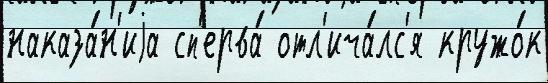
наказа́н'иjа сп'ерва́ отл'ича́лс'я кружо́к